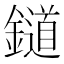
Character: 𨭪